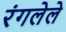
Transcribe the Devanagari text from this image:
रंगलेले